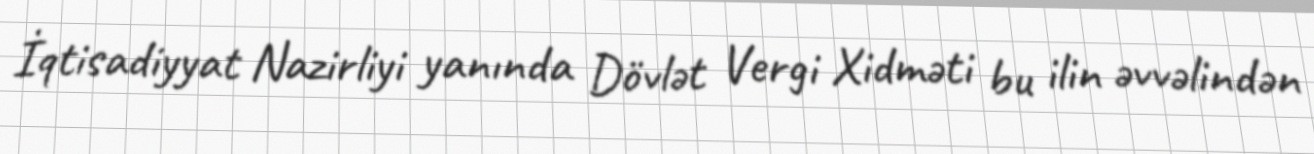
İqtisadiyyat Nazirliyi yanında Dövlət Vergi Xidməti bu ilin əvvəlindən